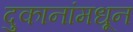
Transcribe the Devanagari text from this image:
दुकानांमधून